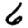
Digit: 6